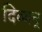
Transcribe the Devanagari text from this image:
दिव्यन्